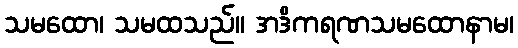
သမထော၊ သမထသည်။ အဒိကရဏသမထောနာမ၊